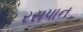
રસપાન